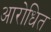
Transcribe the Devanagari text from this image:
आरोधित